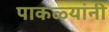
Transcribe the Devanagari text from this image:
पाकळ्यांनी